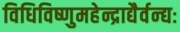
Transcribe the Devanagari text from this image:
विधिविष्णुमहेन्द्राद्यैर्वन्द्यः